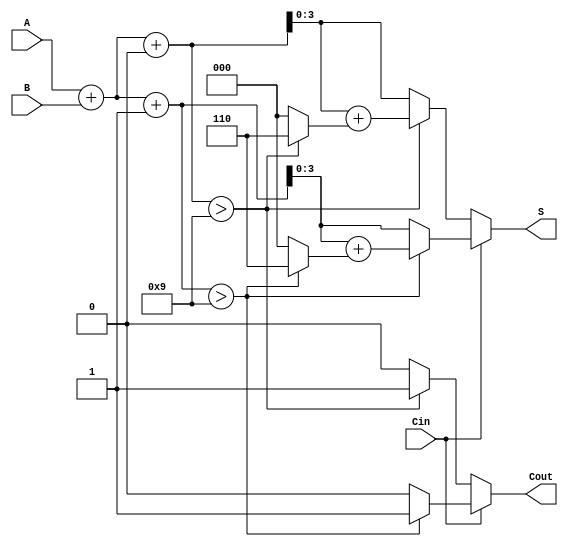
module BCD_MCSA (
    input wire [3:0] A,      // BCD digit A
    input wire [3:0] B,      // BCD digit B
    input wire Cin,          // Carry-in
    output reg [3:0] S,      // BCD sum
    output reg Cout          // Carry-out
);

    wire [4:0] Sum0;         // Sum when Cin = 0
    wire [4:0] Sum1;         // Sum when Cin = 1
    wire [4:0] CorrectedSum0; // Corrected sum for Sum0
    wire [4:0] CorrectedSum1; // Corrected sum for Sum1
    wire Sum0_Correct;       // Flag for Sum0 correction
    wire Sum1_Correct;       // Flag for Sum1 correction

    // Calculate the sums for Cin = 0 and Cin = 1
    assign Sum0 = A + B + 0; // Sum0 = A + B
    assign Sum1 = A + B + 1; // Sum1 = A + B + 1

    // BCD correction logic
    assign Sum0_Correct = (Sum0 > 9);
    assign Sum1_Correct = (Sum1 > 9);

    // Apply correction if necessary
    assign CorrectedSum0 = Sum0 + (Sum0_Correct ? 5'd6 : 5'd0);
    assign CorrectedSum1 = Sum1 + (Sum1_Correct ? 5'd6 : 5'd0);

    // Select the final sum and carry-out based on Cin and correction
    always @(*) begin
        if (Cin == 0) begin
            S = Sum0_Correct ? CorrectedSum0[3:0] : Sum0[3:0];
            Cout = Sum0_Correct ? 1'b1 : 1'b0;
        end else begin
            S = Sum1_Correct ? CorrectedSum1[3:0] : Sum1[3:0];
            Cout = Sum1_Correct ? 1'b1 : 1'b0;
        end
    end

endmodule